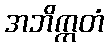
အဘိက္ကတံ